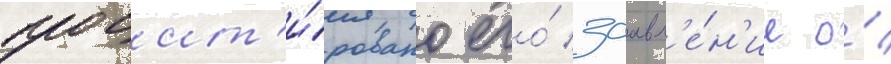
процит'и́ровано его́ заавл'е́н'ие о́